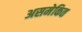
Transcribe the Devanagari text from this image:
असमेकित